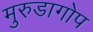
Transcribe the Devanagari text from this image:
मुरुडागोप